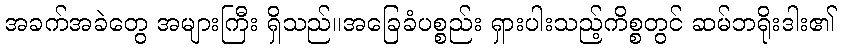
အခက်အခဲတွေ အများကြီး ရှိသည်။အခြေခံပစ္စည်း ရှားပါးသည့်ကိစ္စတွင် ဆမ်ဘရိုးဒါး၏